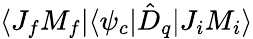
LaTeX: \langle J_{f}M_{f}|\langle\psi_{c}|\hat{D}_{q}|J_{i}M_{i}\rangle